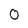
Character: 0